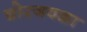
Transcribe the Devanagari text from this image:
चोरजवळा